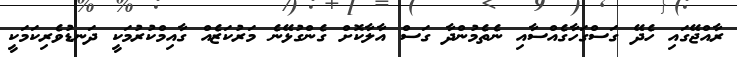
ރާއްޖޭގައި ހެދޭ ގަސްގަހާގެއްސާއި ނެތެމުންދާ ގަސް އާލާކޮށް ގެންގުޅޭނެ މަރުކަޒެއް ގާއިމްކުރުމަކީ ދަނޑުވެރިކަމަކީ